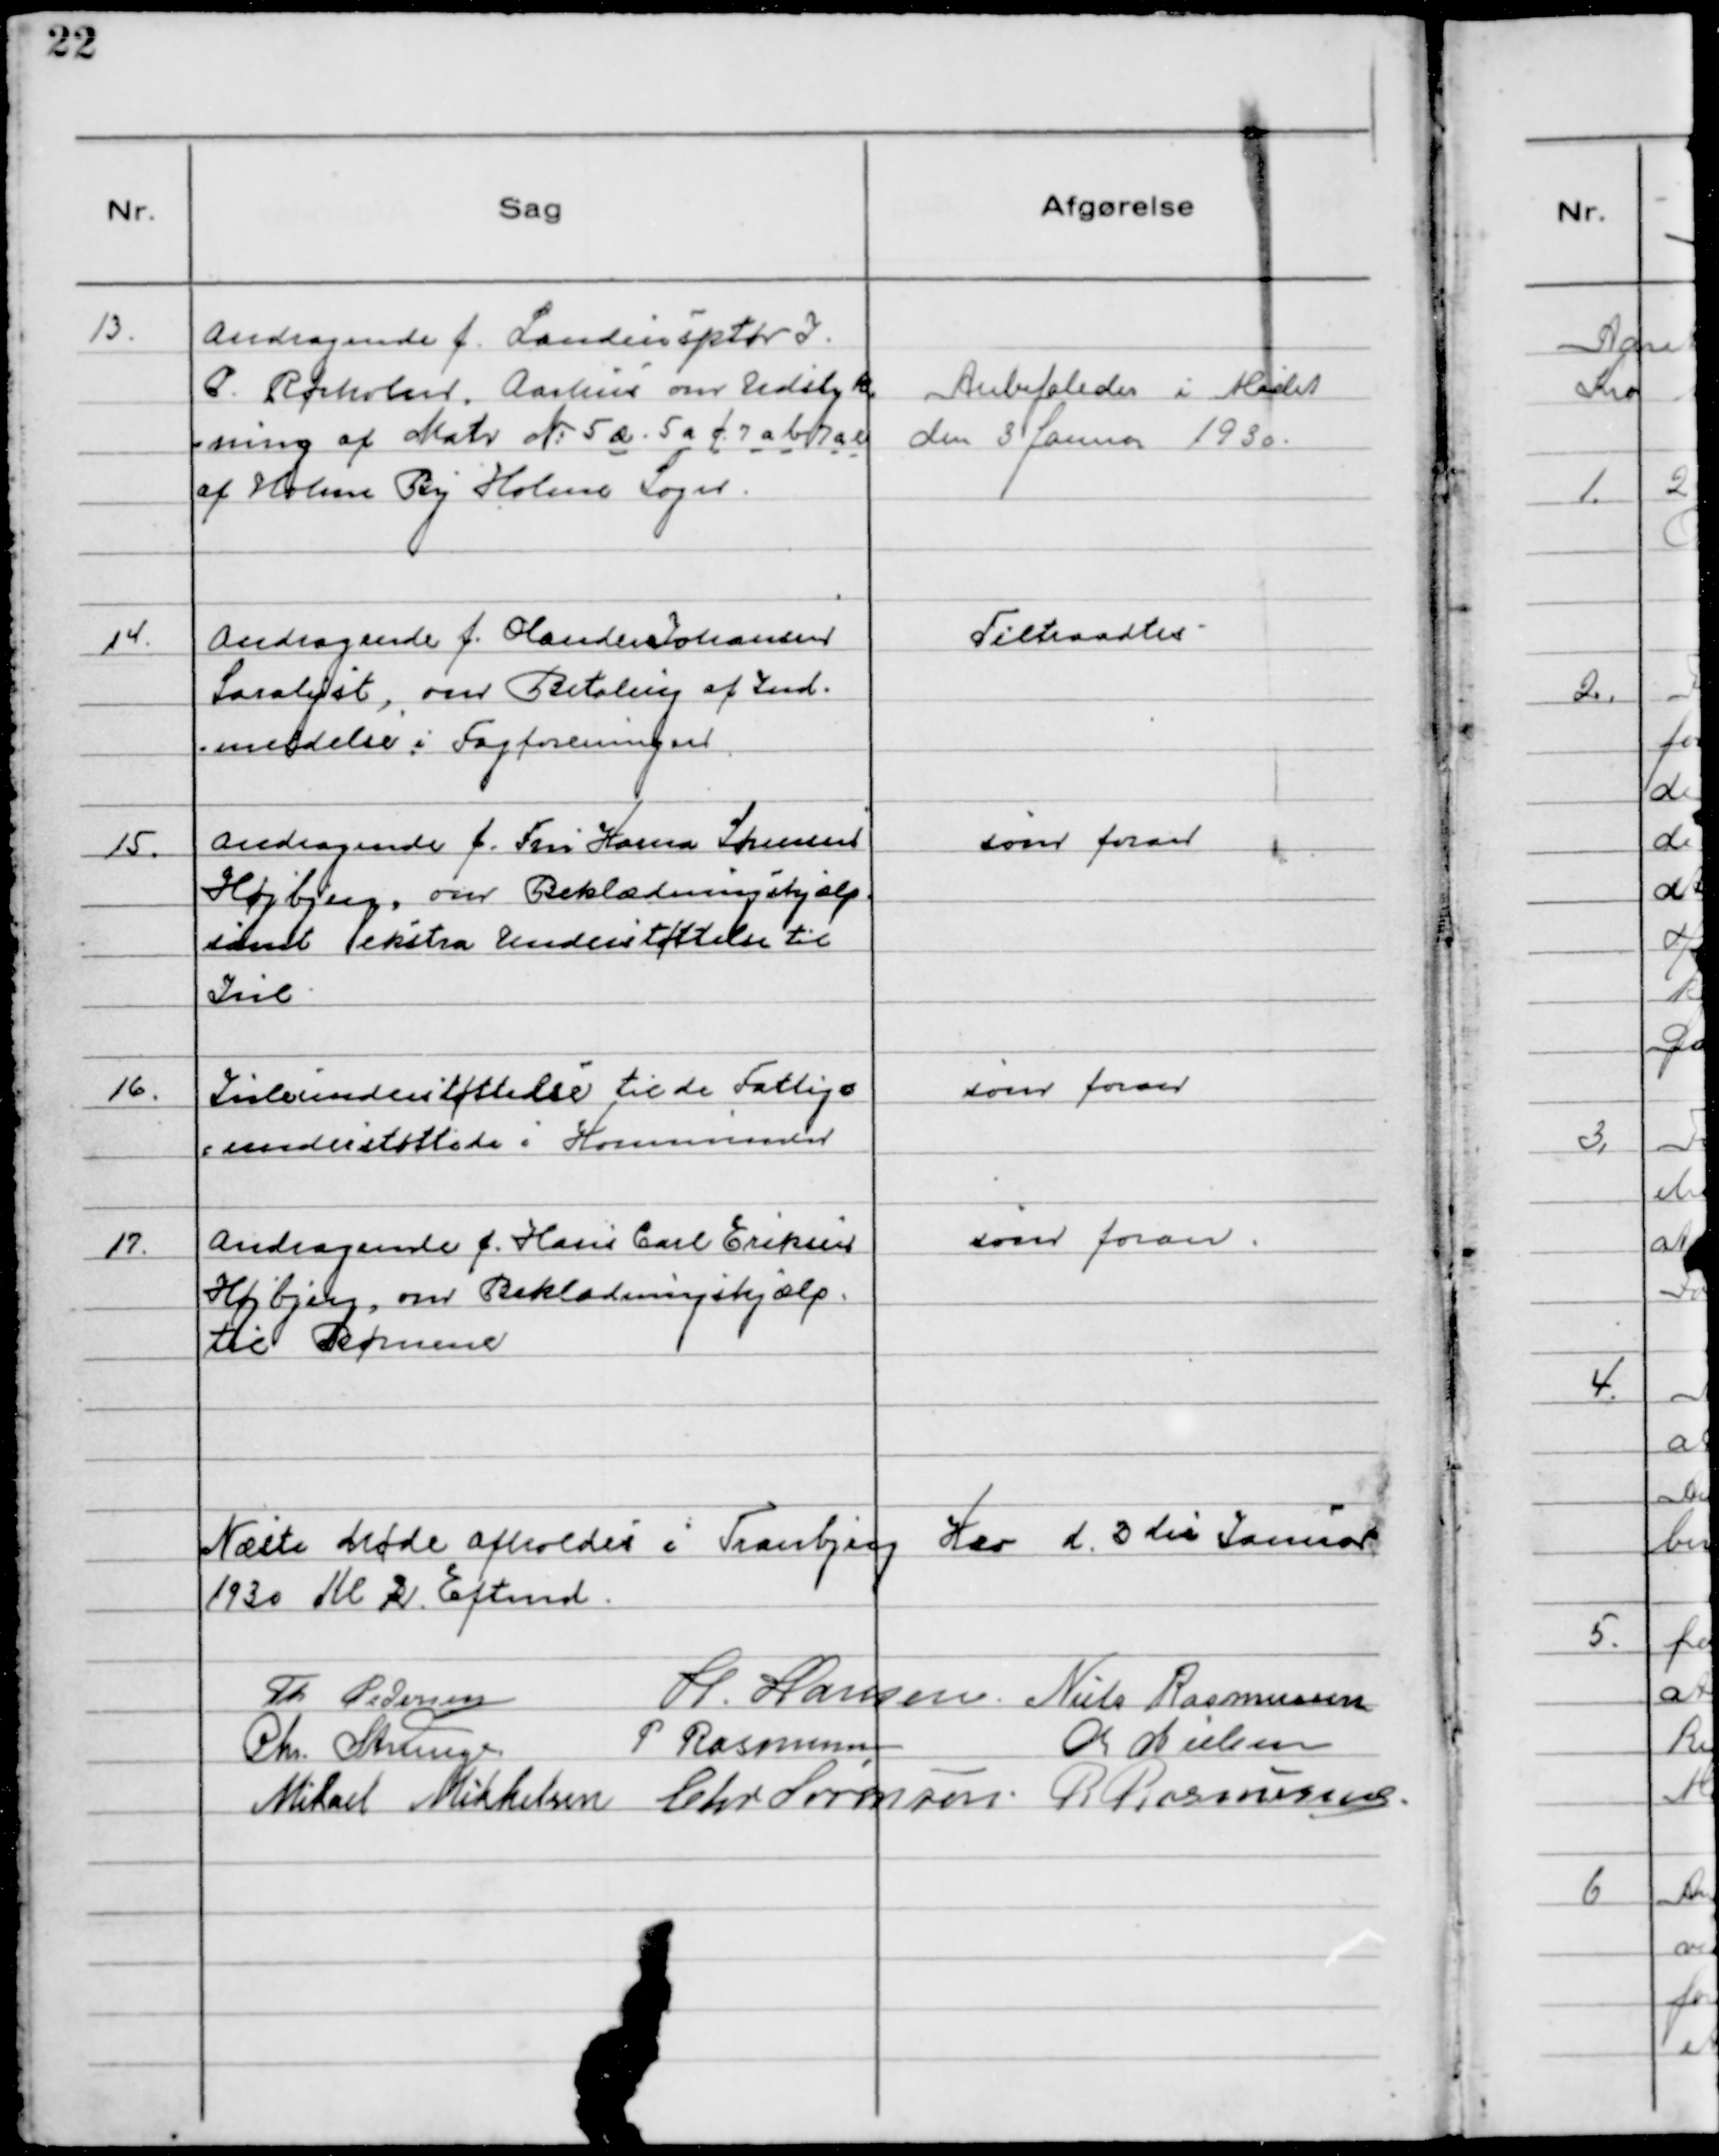
Transskription:
13. Andragende f. Landinspektør J.
P. Rørholm, Aarhuś om Udstyk
- ning af Matr Nº 5 æ - 5 a f 7 a b 7 a c
af Holme By Holme Sogn.

Anbefaledes i Mødet
den 3 Januar 1930.

14. Andragende f. Olander Johansen
Saralyst, om Betaling af Ind-
-meldelse i Fagforeningen

Tiltraadtes

15. Andragende f. Fru Karna Sørensen
Højbjerg, om Beklædningshjælp
samt ekśtra Understøttelse til
Jul

som foran

16. Juleunderstøttelse til de Fattig-
-understøttede i Kommunen

som foran

17. Andragende f. Hans Carl Eriksen
Højbjerg, om Beklædningshjælp
til Børnene

som foran.

Næste Møde afholdeś i Tranbjerg Kro d. 3 die Januar
1930 Kl 2 Eftermd.
Th Pedersen H. Hansen. Niels Rasmussen
Chr. Strunge P Rasmussen Ch Nielsen
Mikael Mikkelsen Chr Sørensen. R Rasmussen.